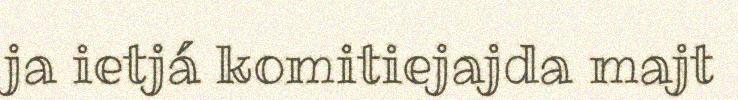
ja ietjá komitiejajda majt